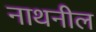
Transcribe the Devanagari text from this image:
नाथनील